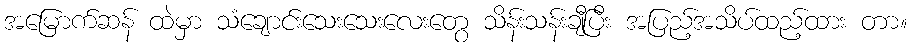
အမြောက်ဆန် ထဲမှာ သံချောင်းသေးသေးလေးတွေ သိန်းသန်းချီပြီး အပြည့်အသိပ်ထည့်ထား တာ။